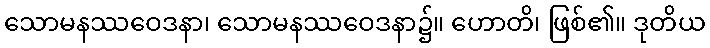
သောမနဿဝေဒနာ၊ သောမနဿဝေဒနာ၌။ ဟောတိ၊ ဖြစ်၏။ ဒုတိယ